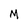
Character: M